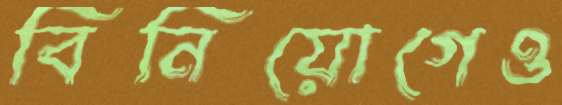
বিনিয়োগেও